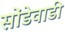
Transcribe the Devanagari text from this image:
सोंडेवाडी